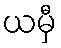
ယမှီ